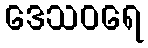
ဒေသဝရေ